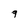
Character: 9